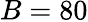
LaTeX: B=80